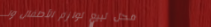
محل لبيع لوازم الأطفال وا